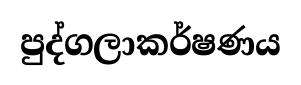
පුද්ගලාකර්ෂණය